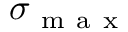
\sigma _ { \mathrm { ~ m ~ a ~ x ~ } }